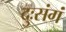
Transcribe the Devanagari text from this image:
दुःसंगं